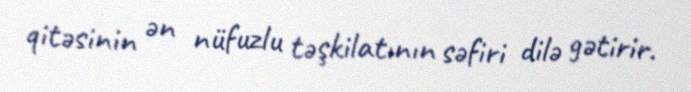
qitəsinin ən nüfuzlu təşkilatının səfiri dilə gətirir.